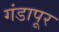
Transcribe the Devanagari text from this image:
गंडापूर